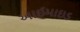
આઈમાઇડ